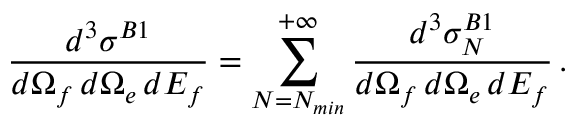
\frac { d ^ { 3 } { \sigma } ^ { B 1 } } { d \Omega _ { f } \, d \Omega _ { e } \, d E _ { f } } = \sum _ { N = N _ { m i n } } ^ { + \infty } \frac { d ^ { 3 } { \sigma } _ { N } ^ { B 1 } } { d \Omega _ { f } \, d \Omega _ { e } \, d E _ { f } } \, .